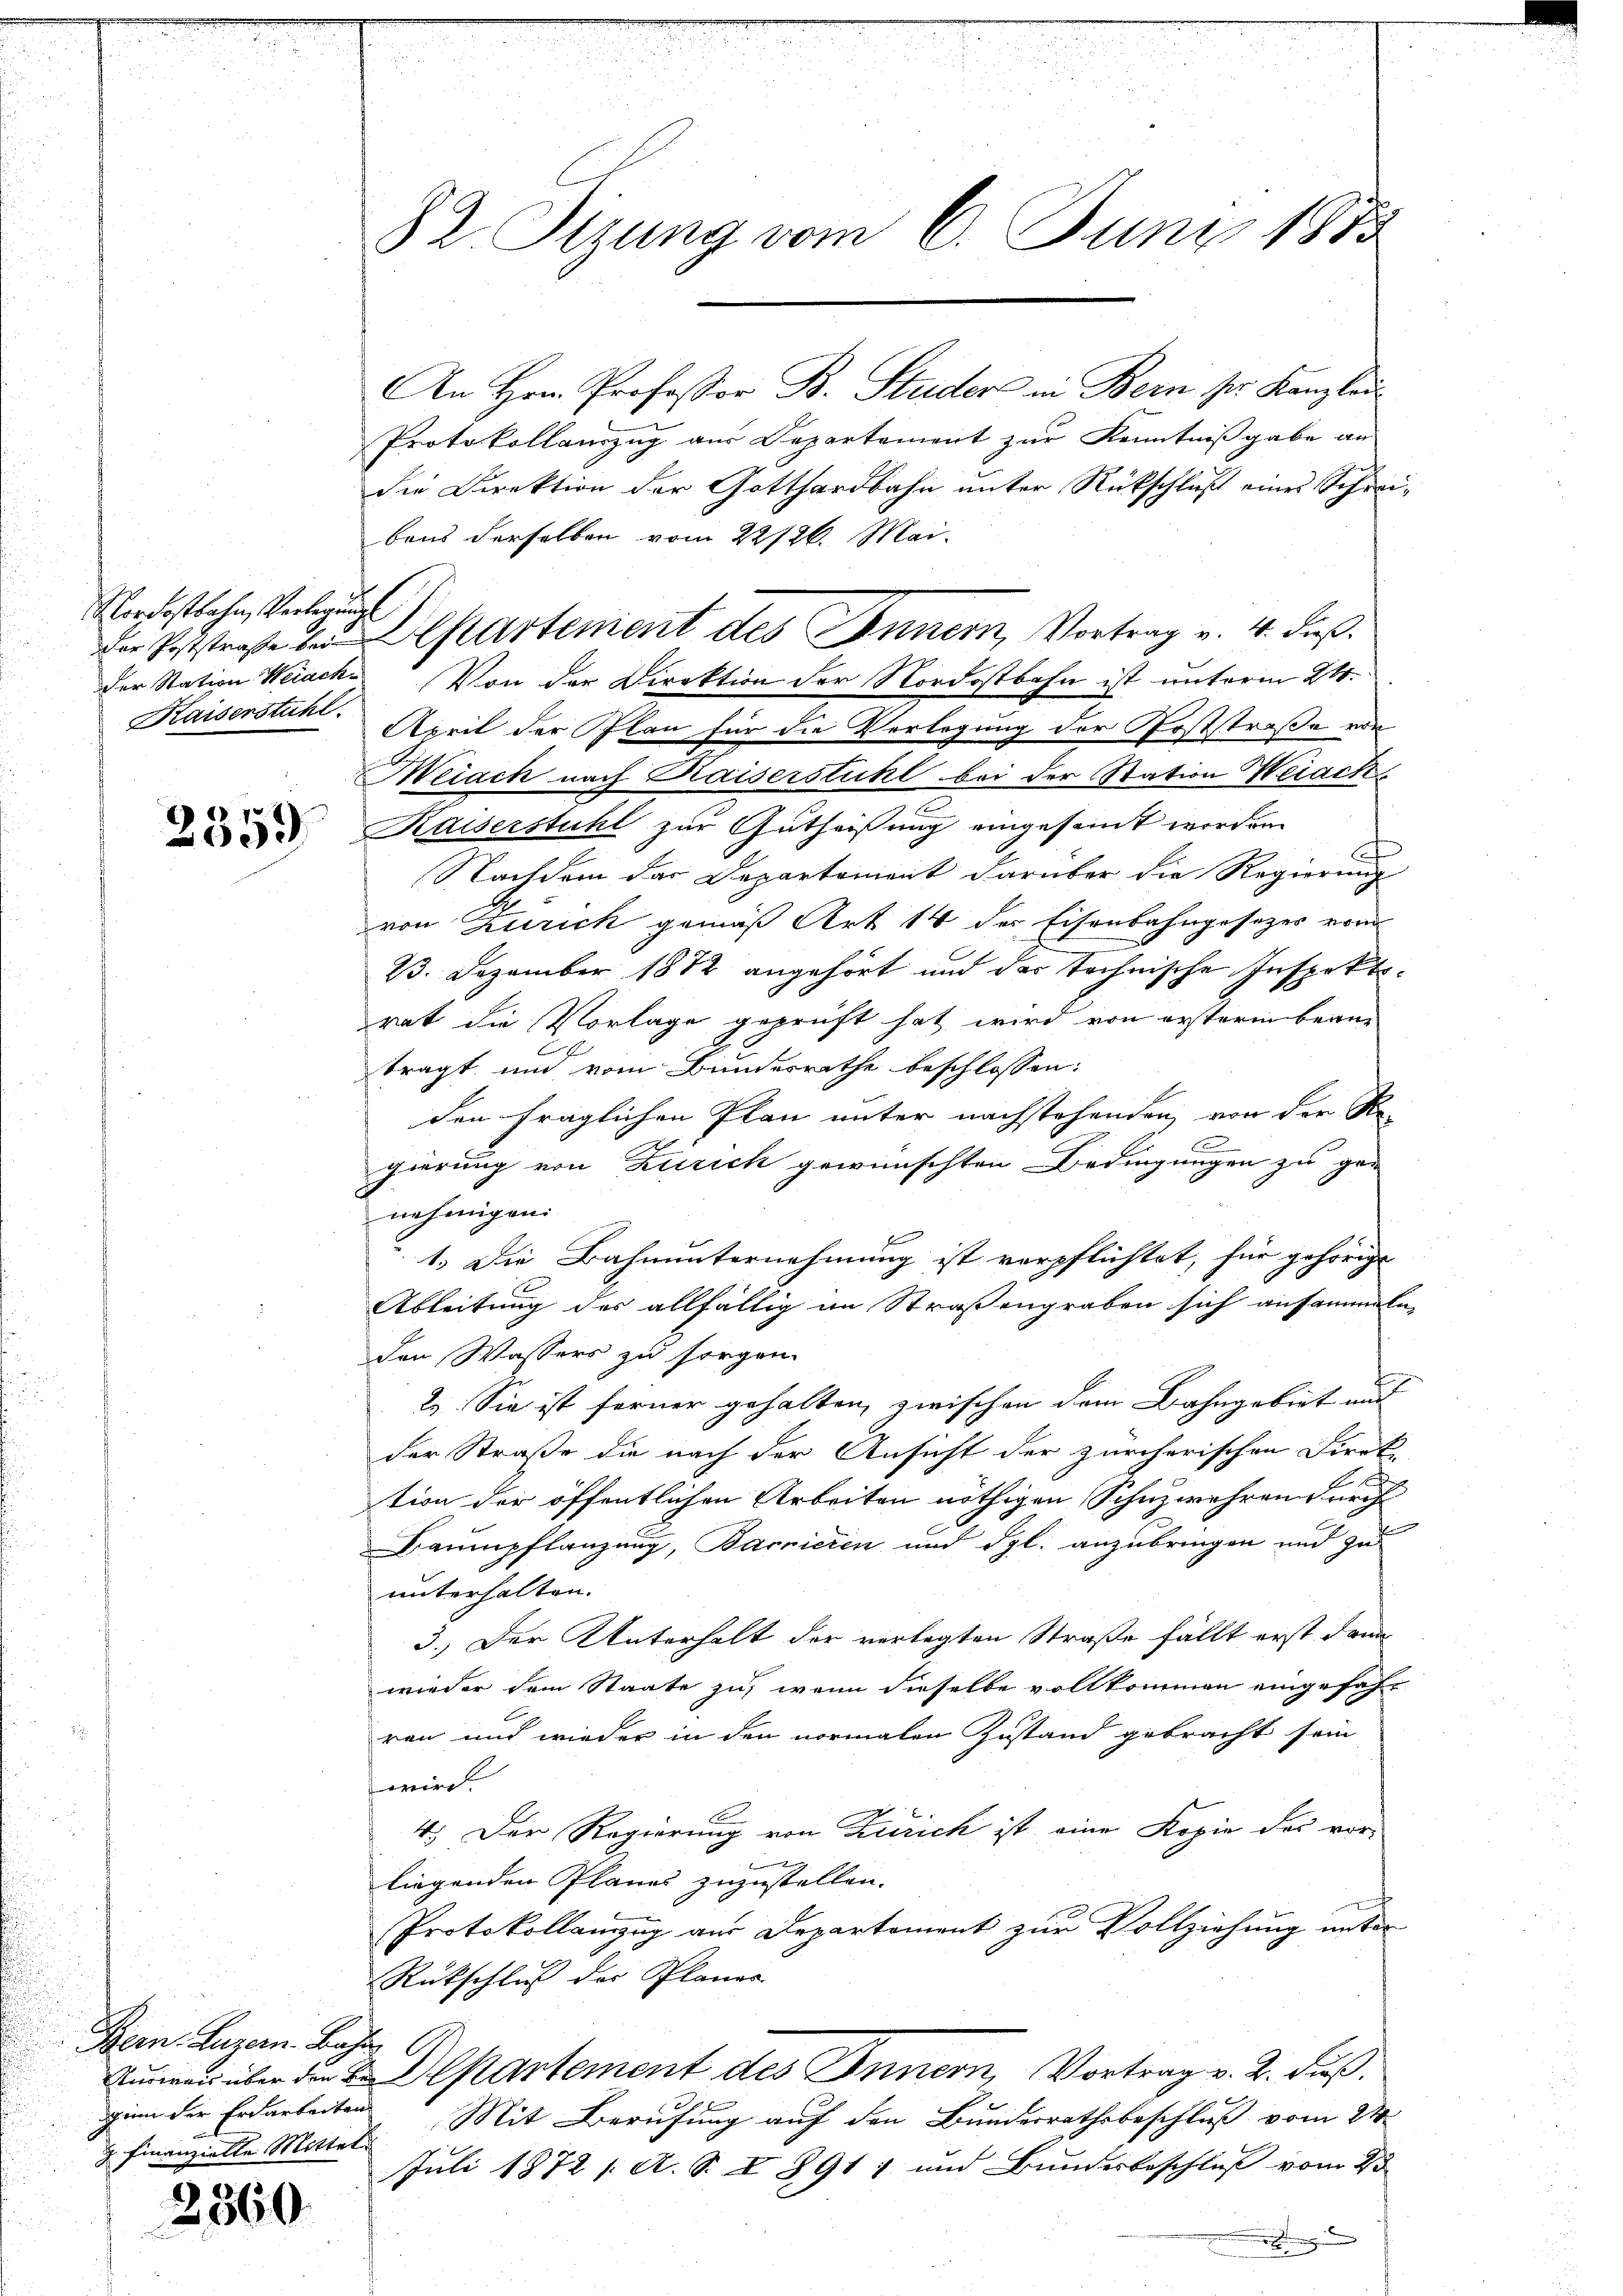
Nordostbahn, Verlegungs
Kaiserstühl

2359

An Hrn. Professor B. Studers in Bern pr. Kanzlei
Protokollauszug aus Departement zur Kenntnißgabe an
die Direktion der Gotthardbahn unter Rückschluß eines Schreibens derselben vom 22/26. Mai.
der Station Weiach. Von der Direktion der Nordostbahn ist unterm 24.
Aprit der Plan für die Verlegung der Poststraße von
Weiach nach Kaiserstuhl bei der Station Weiach
Kaiserstuhl zur Gutheißung eingesamt worden.
ch
Nachdem das Departement darüber die Regierung
von Zürich gemäß Art 14 der Eisenbahngesetzes vom
23. Dezember 1872 angehört und das technische Inspektirat die Vorlage geprüft hat wird von ersterm Berne
tragt, und vom Bundesrathe beschlossen:
den fraglichen Plan unter nachstehenden, von der Re-
C
gierung von Zürich gewünschten Bedingungen zu ger
nehmigen.
1.) Die Bahnunternehmung ist verpflichtet, für gehörige
Ableitung der allfällig im Straßengraben sich ansammeln,
Den Wassers zu sorgen.
2. Sie ist ferner gehalten, zwischen dem Bahngebiet und
der Straße die nach der Ansicht der zürcherischen Direk-
.
tion der öffentlichen Arbeiten nöthigen Schuzwehren durch
Daumpflanzung, Barrieren und dgl. anzubringen und zu
unterhalten.
3.) Der Unterhalt der verlegten Straße fällt erst dann
wieder dem Staate zu, wenn dieselbe vollkommen eingefahr
ren und wieder in den normalen Zustand gebracht sein
 wird.
4.) Der Regierung von Zürich ist eine Kopie des vor-
liegenden Planes zuzustellen.
Protokollanzug aus Departement zur Vollziehung unter
Rückschluß der Planes
Rumreis über den 2 Departement des Innern, Vortrag v. 2. Fuß.
Mit Berufung auf den Bundesrathsbeschluß vom 21
Juli 1872 /: A. S. I 891) und Bundesbeschluß vom 25

Bern. Luzern Bahn
din der Erdarbeiten
z. Finanzielle Mittel

2860

82 Sizung vom 6. Juni 1883

der Poststraße bei Departement des Innern, Vortrag v. 4. Fuß.